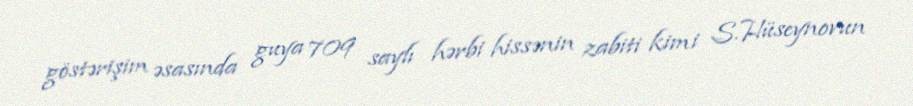
göstərişim əsasında guya 709 saylı hərbi hissənin zabiti kimi S.Hüseynovun